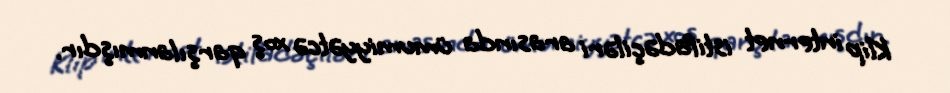
Klip internet istifadəçiləri arasında ümumiyyətcə xoş qarşılanmışdır.